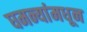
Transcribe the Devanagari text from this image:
घमन्यांमधून